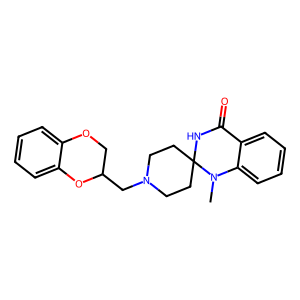
SMILES: CN1c2ccccc2C(=O)NC12CCN(CC1COc3ccccc3O1)CC2
Inhibits HIV replication: No